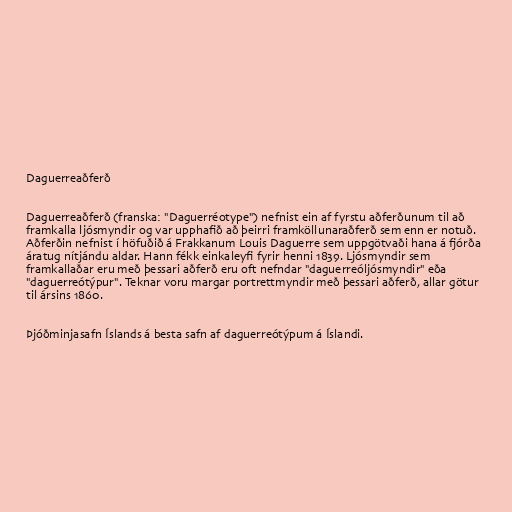
Daguerreaðferð

Daguerreaðferð (franska: "Daguerréotype") nefnist ein af fyrstu aðferðunum til að
framkalla ljósmyndir og var upphafið að þeirri framköllunaraðferð sem enn er notuð.
Aðferðin nefnist í höfuðið á Frakkanum Louis Daguerre sem uppgötvaði hana á fjórða
áratug nítjándu aldar. Hann fékk einkaleyfi fyrir henni 1839. Ljósmyndir sem
framkallaðar eru með þessari aðferð eru oft nefndar "daguerreóljósmyndir" eða
"daguerreótýpur". Teknar voru margar portrettmyndir með þessari aðferð, allar götur
til ársins 1860.

Þjóðminjasafn Íslands á besta safn af daguerreótýpum á Íslandi.